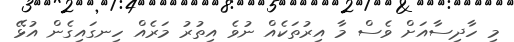
މި ހާދިސާއަށް ވެސް މާ އިރުތަކެއް ނުވެ އިތުރު މަރެއް ހިނގައިގެން އުޅޭ